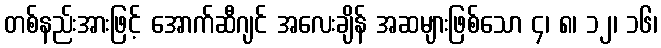
တစ်နည်းအားဖြင့် အောက်ဆီဂျင် အလေးချိန် အဆများဖြစ်သော ၄၊ ၈၊ ၁၂၊ ၁၆၊